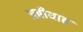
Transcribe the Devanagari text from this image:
अबीयाह